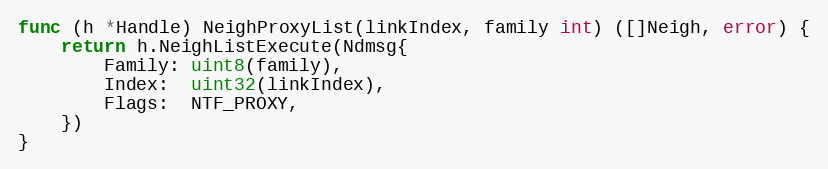
Language: Go
func (h *Handle) NeighProxyList(linkIndex, family int) ([]Neigh, error) {
	return h.NeighListExecute(Ndmsg{
		Family: uint8(family),
		Index:  uint32(linkIndex),
		Flags:  NTF_PROXY,
	})
}